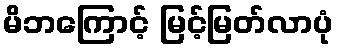
မိဘကြောင့် မြင့်မြတ်လာပုံ